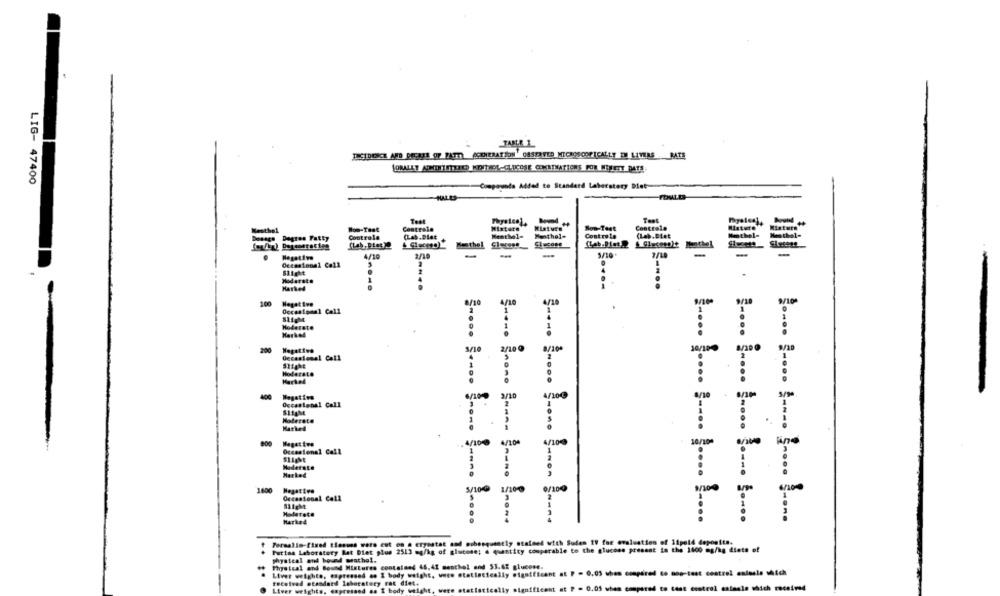
L.CIDENCE AND POGRZE OF FATE CONIERATION ' OBSERVED MICROSCOPICALLY IMI LIMAS BATE
LORALLY ADMINISTERED KONTROL-GLUCOSE COKATMATIONS POR MILETT DATE
LIG- 47400
Compounds Added to Standard Laberatery Blet-
HALES
Teat
Teat
Controle
Misture
Mesthel
Wow-Test
Centrale
Mixture
Son-Test
Dosage Degres Fatty
Controle
Menthele
Monthel-
Controle
(Lab.Diet
Nothel-
Nmthel-
Kethel
Negative
-
-
-
3/10'
-
..
Slight
Moderate
Marked
100
Negative
Moderate
TTT
ITT
Negative
2/20
Occasional Call
TTT
TT
Negative
3/10
Occasional Call
Moderate
Marked
TTT
TT
4/100
4/100
30/100
Occasional Call
Moderate
Marked
TTT
TT
1600
5/10@
Occasional Coll
Holarete
Marked
rrr
Formalia-fixed tiesms ware est on a eryastat and subsequently stained with Suden IV for evaluation of 11pold deposita.
Putina Laboratory Bat Diet plus 2513 mg/kg of glucose; a quantity comparable to the glucose present in the 1600 mg/kg diets of
physical and bound weathol.
Physical and Bound Mixtures contained 46.41 menthol and 53.67 glucose.
Liver weights, expressed as I body weight, were statistically significant at P = 0.03 when compared to nos-test control endasle which
received standard Isberatery rat diet.
Liver
weights, expressed as I body weight, were statistically significant at P = 0.05 when compared to test esotrol sainsle which received